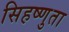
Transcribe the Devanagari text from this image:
सिहष्णुता